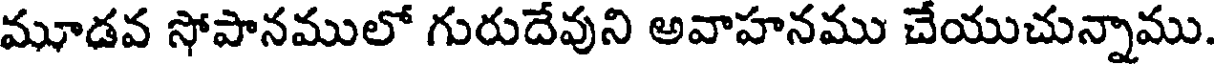
మూడవ సోపానములో గురుదేవుని అవాహనము చేయుచున్నాము.